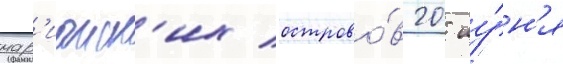
мар'ианск'их острово́в 20 иу́н'я